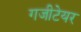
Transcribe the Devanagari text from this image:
गजीटेयर